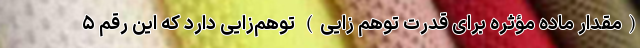
(مقدار ماده مؤثره برای قدرت توهم زایی) توهم‌زایی دارد که این رقم ۵